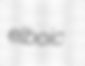
elboic